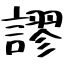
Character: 謬